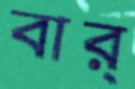
বার্